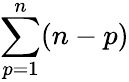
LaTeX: \sum_{p=1}^{n}(n-p)